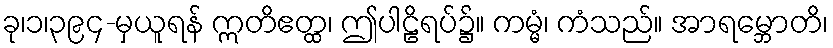
ခု၊၁၊၃၉၄-မှယူရန် ဣတိဧတ္ထ၊ ဤပါဠိရပ်၌။ ကမ္မံ၊ ကံသည်။ အာရမ္ဘောတိ၊